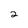
Character: 2